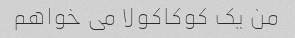
من یک کوکاکولا می خواهم